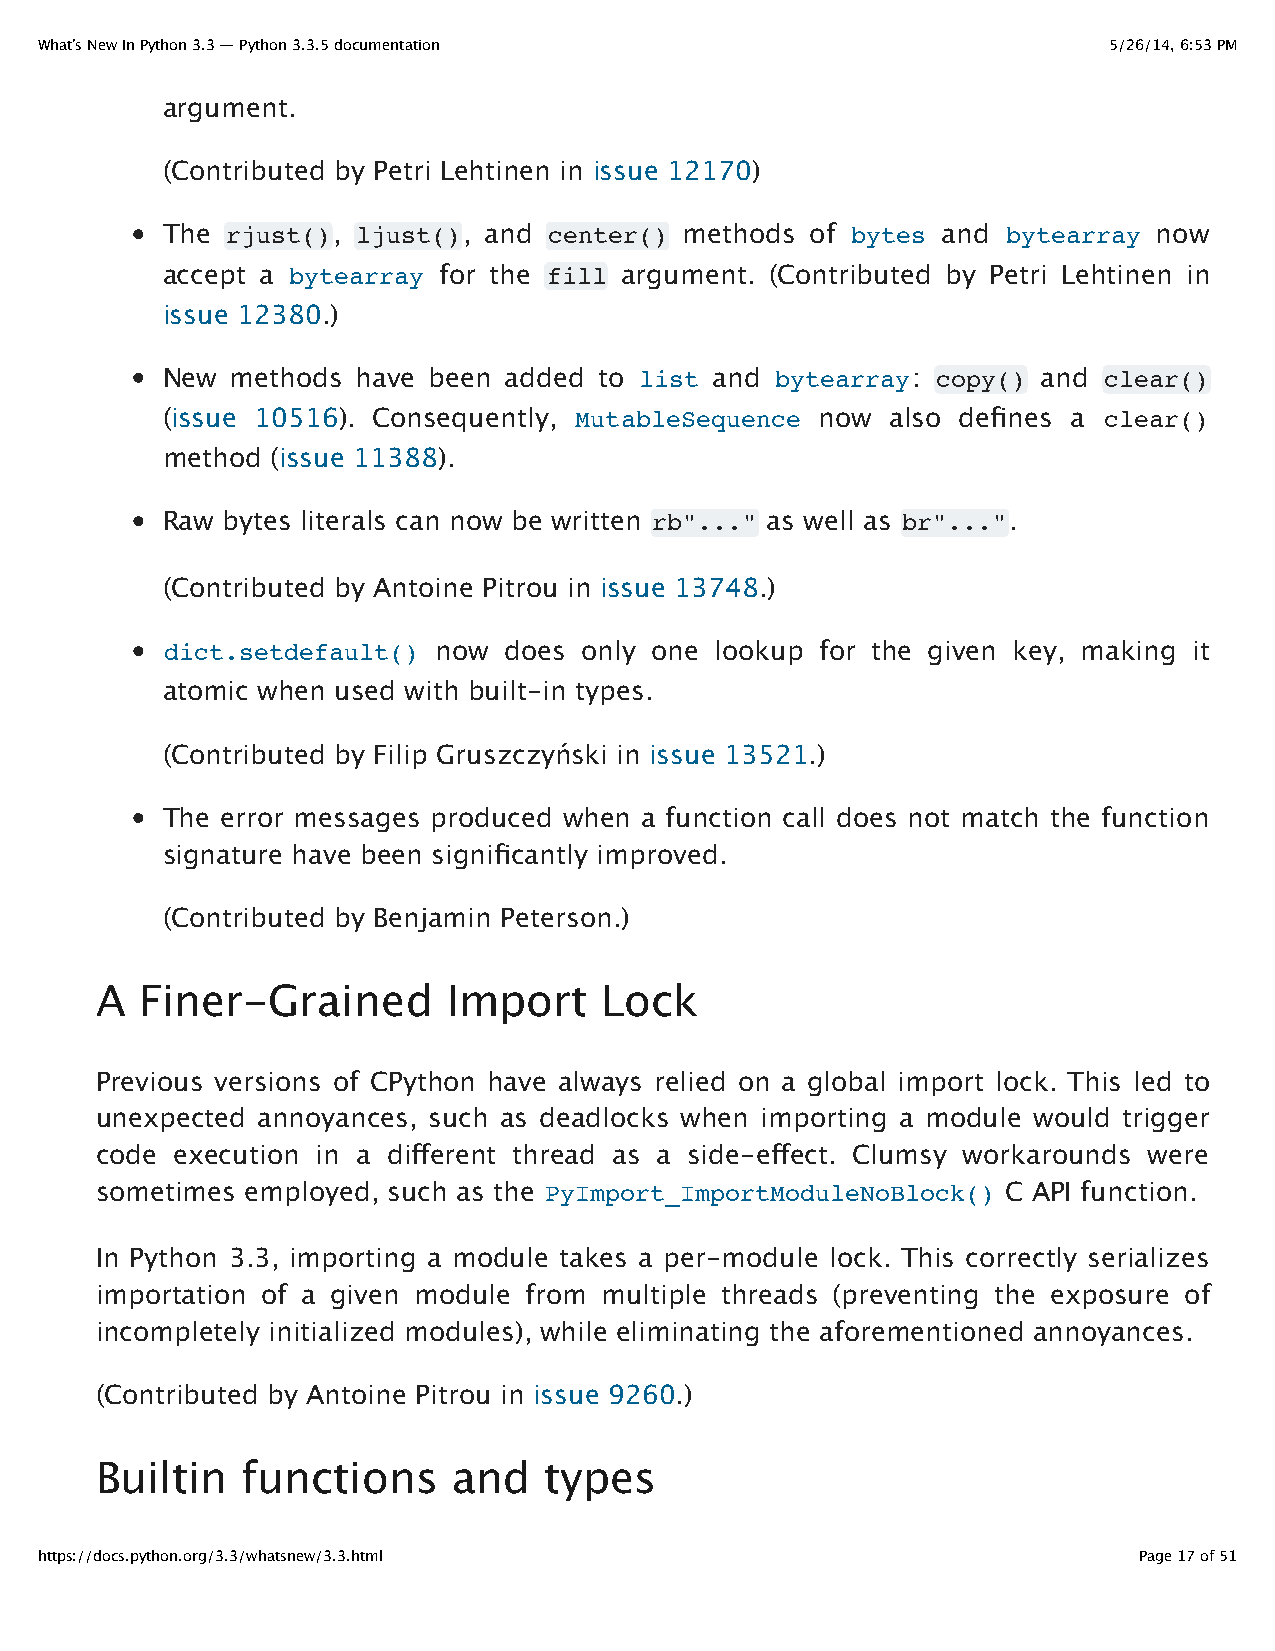
What’s New In Python 3.3 — Python 3.3.5 documentation                  5/26/14, 6:53 PM
 argument.
 (Contributed by Petri Lehtinen in issue 12170)
 The rjust(), ljust(), and center() methods of bytes and bytearray now
 accept a bytearray for the fill argument. (Contributed by Petri Lehtinen in
 issue 12380.)
 New methods  have been added to list and bytearray: copy() and clear()
 (issue 10516). Consequently, MutableSequence now also defines a clear()
 method (issue 11388).
 Raw bytes literals can now be written rb"..." as well as br"...".
 (Contributed by Antoine Pitrou in issue 13748.)
 dict.setdefault() now does  only one lookup for the given key, making it
 atomic when used with built-in types.
 (Contributed by Filip Gruszczyński in issue 13521.)
 The error messages produced when a function call does not match the function
 signature have been significantly improved.
 (Contributed by Benjamin Peterson.)
 A  Finer-Grained        Import    Lock
 Previous versions of CPython have always relied on a global import lock. This led to
 unexpected annoyances, such as deadlocks when importing a module would trigger
 code execution in a different thread as a side-effect. Clumsy workarounds were
 sometimes employed, such as the PyImport_ImportModuleNoBlock() C API function.
 In Python 3.3, importing a module takes a per-module lock. This correctly serializes
 importation of a given module from multiple threads (preventing the exposure of
 incompletely initialized modules), while eliminating the aforementioned annoyances.
 (Contributed by Antoine Pitrou in issue 9260.)
 Builtin   functions     and   types
 https://docs.python.org/3.3/whatsnew/3.3.html                            Page 17 of 51